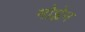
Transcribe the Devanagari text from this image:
मोप्लेन